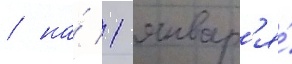
/ на́ 1 январ'я́